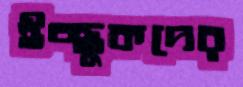
ইচ্ছুকদের